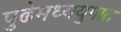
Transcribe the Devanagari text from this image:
पुढेमध्ययुगात